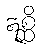
ဣစ္ဆိ